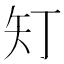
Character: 𭿽